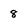
Character: 8